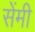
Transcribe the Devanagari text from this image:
सेेंमी